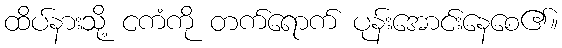
ထိပ်နားသို့ ငကံကို တက်ရောက် ပုန်းအောင်းနေစေ၏။